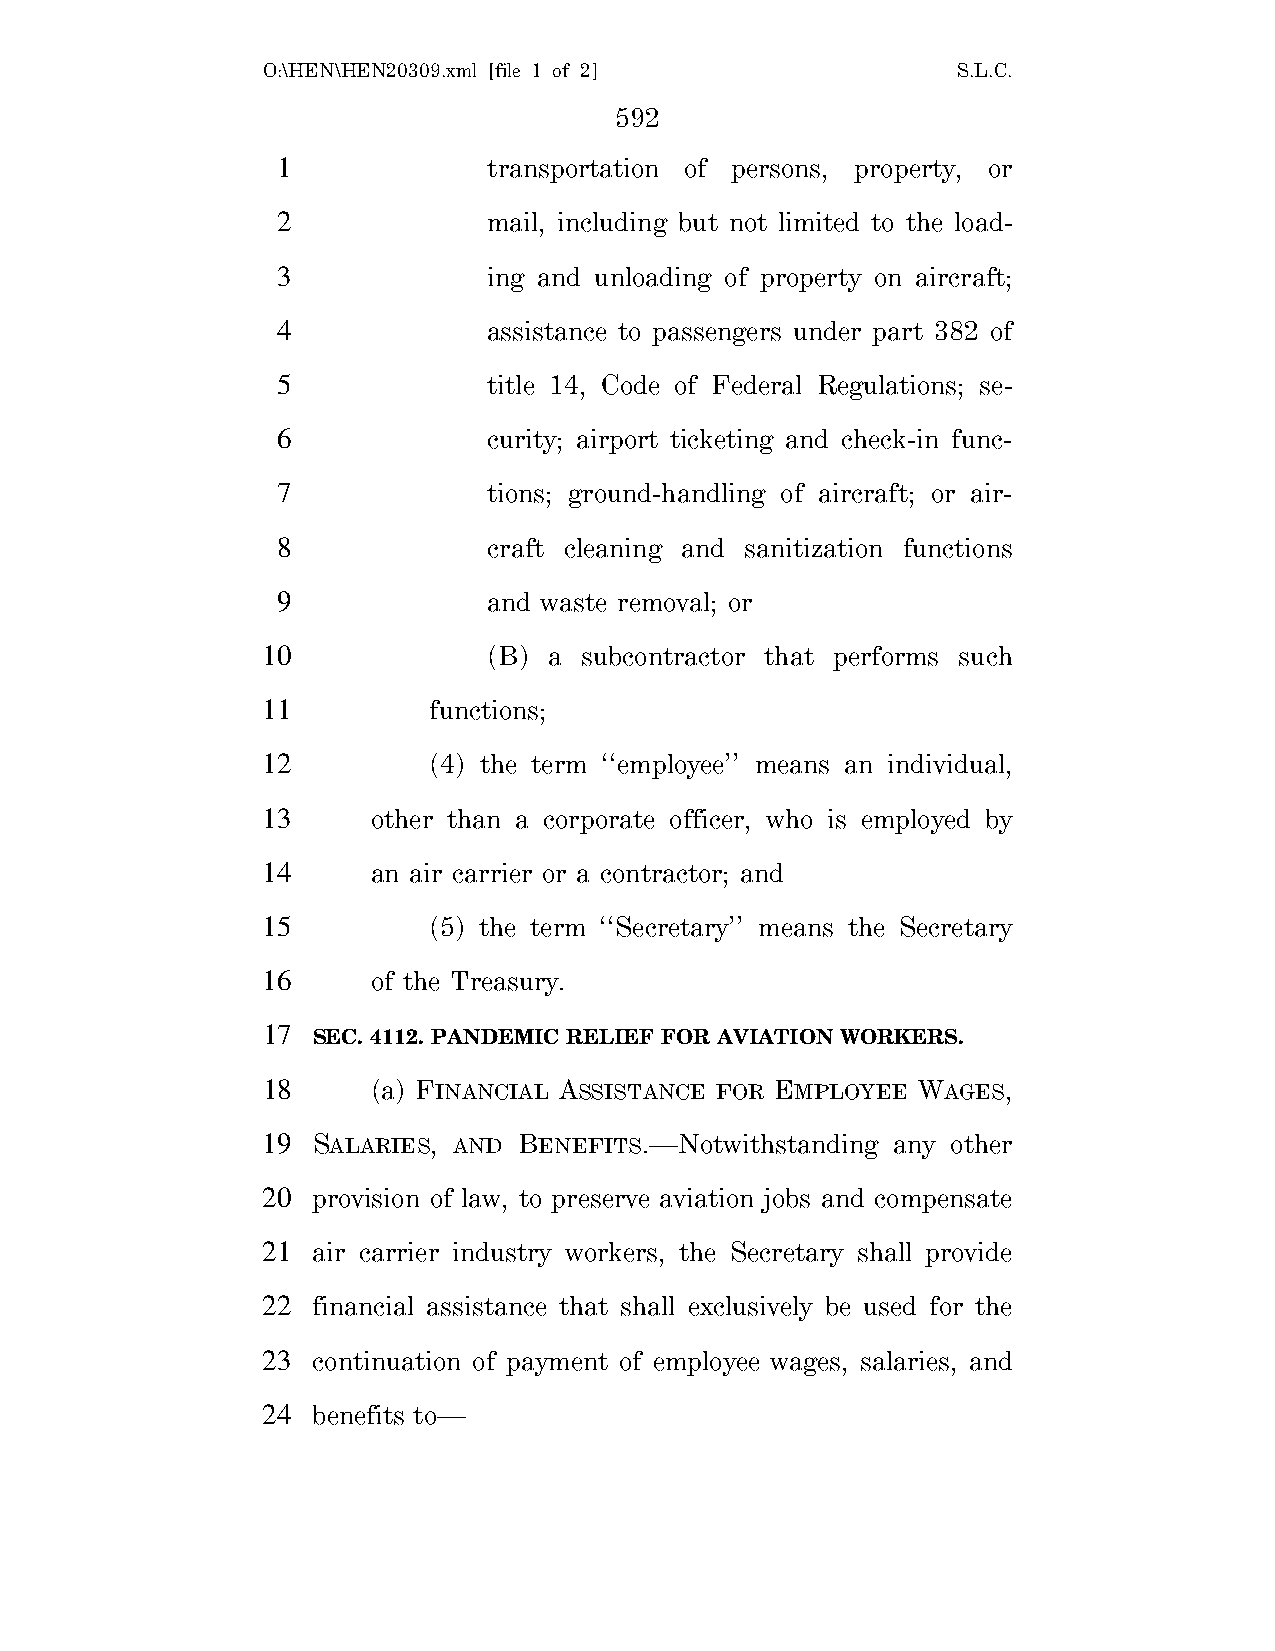
O:\HEN\HEN20309.xml [file 1 of 2]             S.L.C.
 592
 1             transportation of persons, property, or
 2             mail, including but not limited to the load-
 3             ing and unloading of property on aircraft;
 4             assistance to passengers under part 382 of
 5             title 14, Code of Federal Regulations; se-
 6             curity; airport ticketing and check-in func-
 7             tions; ground-handling of aircraft; or air-
 8             craft cleaning and sanitization functions
 9             and waste removal; or
 10             (B) a subcontractor that performs such
 11         functions;
 12         (4) the term ‘‘employee’’ means an individual,
 13      other than a corporate officer, who is employed by
 14      an air carrier or a contractor; and
 15         (5) the term ‘‘Secretary’’ means the Secretary
 16      of the Treasury.
 17
 SEC. 4112. PANDEMIC RELIEF FOR AVIATION WORKERS.
 18      (a) FINANCIAL ASSISTANCE FOR EMPLOYEE WAGES,
 19  SALARIES, AND BENEFITS.—Notwithstanding any other
 20  provision of law, to preserve aviation jobs and compensate
 21  air carrier industry workers, the Secretary shall provide
 22  financial assistance that shall exclusively be used for the
 23  continuation of payment of employee wages, salaries, and
 24  benefits to—